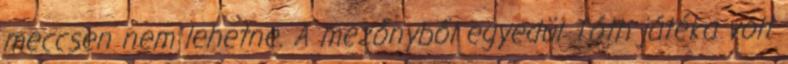
meccsen nem lehetne. A mezőnyből egyedül Tóth játéka volt